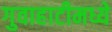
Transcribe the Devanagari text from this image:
गुवाहाटीमध्ये